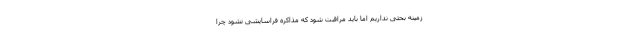
زمینه بحثی نداریم اما باید مراقبت شود که مذاکره فراسایشی نشود چرا